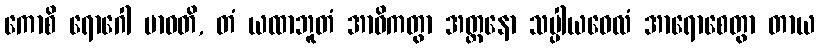
ကောစိ ရောဂေါ ဗာဓတိ, တံ ယထာဘူတံ အာဝိကတွာ အတ္တနော သပ္ပါယဝေလံ အာရောစေတွာ တာယ